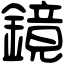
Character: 鏡